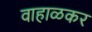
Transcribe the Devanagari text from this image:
वाहाळकर